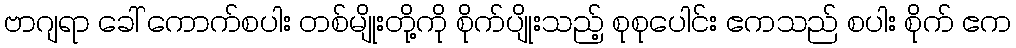
ဗာဂျရာ ခေါ် ကောက်စပါး တစ်မျိုးတို့ကို စိုက်ပျိုးသည့် စုစုပေါင်း ဧကသည် စပါး စိုက် ဧက